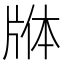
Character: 𬌕